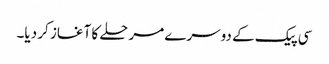
سی پیک کے دوسرے مرحلے کا آغاز کر دیا۔